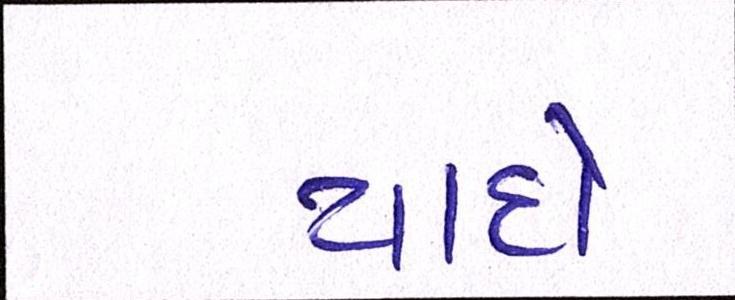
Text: યાદો